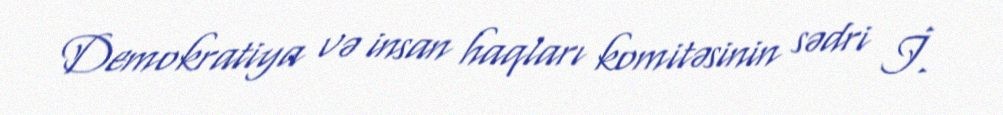
Demokratiya və insan haqları komitəsinin sədri İ.